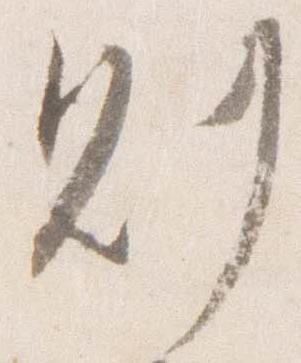
則